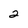
Character: 2